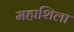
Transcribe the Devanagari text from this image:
महाशिला